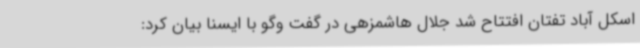
اسکل آباد تفتان افتتاح شد جلال هاشمزهی در گفت وگو با ایسنا بیان کرد: